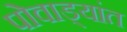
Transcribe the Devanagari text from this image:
पोवाड्यांत